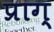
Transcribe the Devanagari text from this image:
प्राग्